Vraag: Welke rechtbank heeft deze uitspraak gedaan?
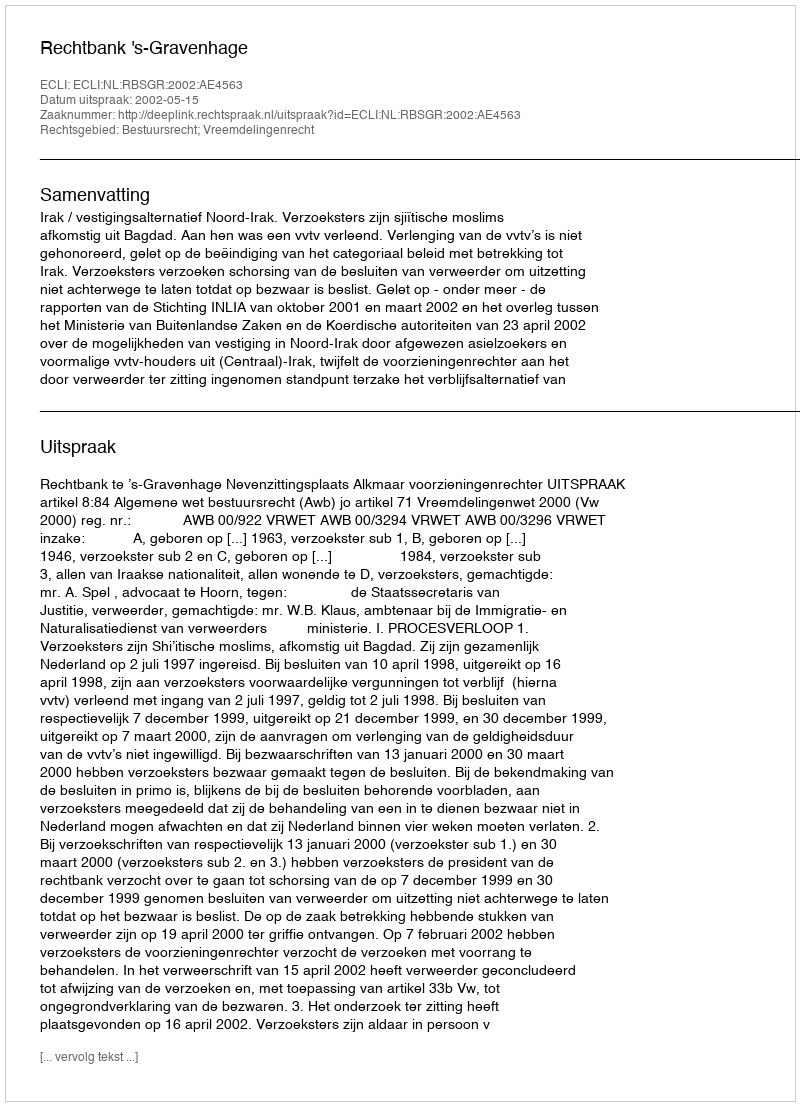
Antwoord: Rechtbank 's-Gravenhage